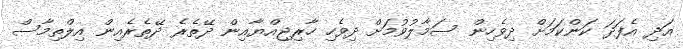
އަދި އެފަދަ ކަންކަމަށް ދިވެހިން ސަމާލުވުމަށް ދިވެހި ހާރިޖިއްޔާއިން ދޭތެރެ ދޭތެރެއިން އިލްތިމާސް